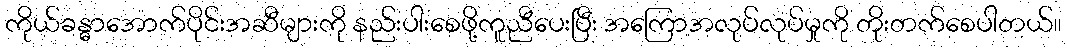
ကိုယ်ခန္ဓာအောက်ပိုင်းအဆီများကို နည်းပါးစေဖို့ကူညီပေးပြီး အကြောအလုပ်လုပ်မှုကို တိုးတက်စေပါတယ်။